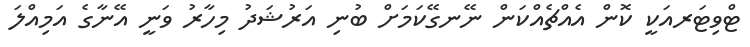
ޓްވިޓަރއަކީ ކޮން އެއްޗެއްކަން ނޭނގޭކަމަށް ބުނި އަރުޝަދު މިހާރު ވަނީ އޭނާގެ އަމިއްލަ